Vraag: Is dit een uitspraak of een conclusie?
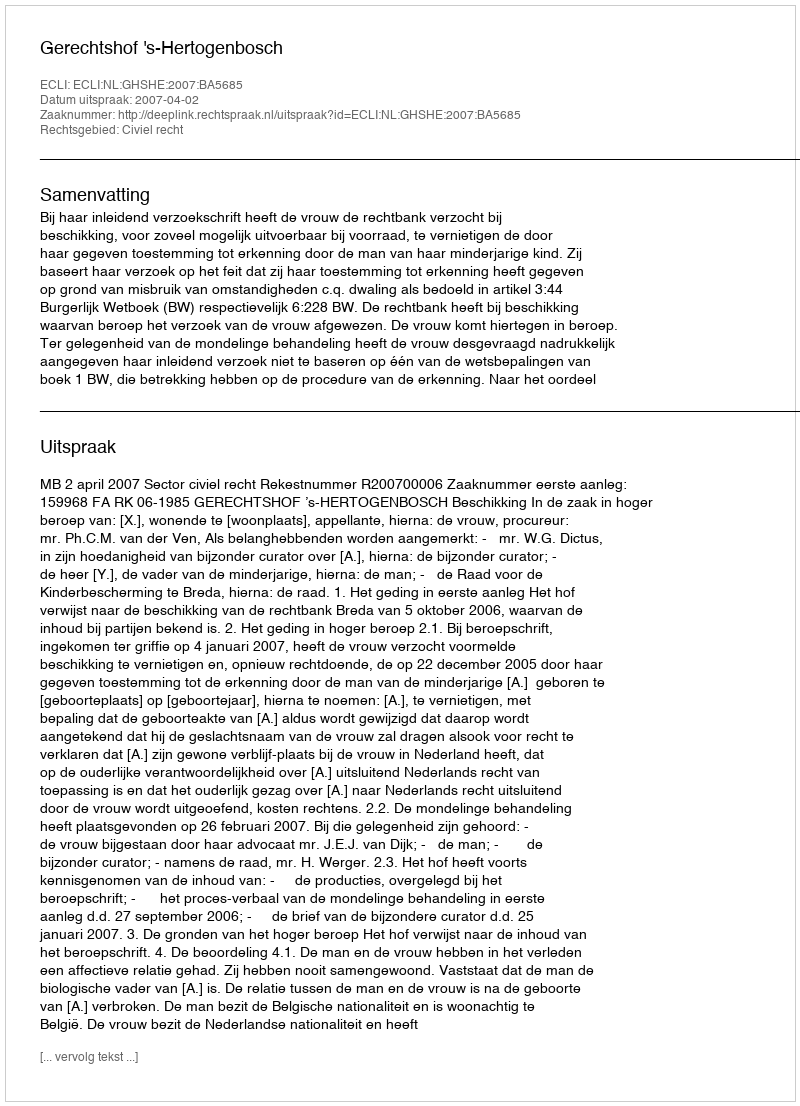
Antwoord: Uitspraak